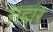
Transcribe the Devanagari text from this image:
ग़द्दार